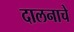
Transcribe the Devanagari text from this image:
दालनाचे